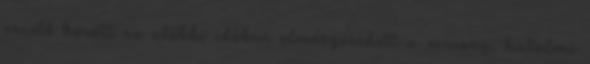
vezető között az utóbbi időben elmérgesedett a viszony, hatalmi